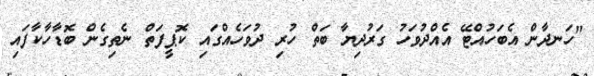
"ހަނދާން އެބަހުއްޓޭ އެއްދުވަހު ގަރުދިޔާ ބަތް ހުރި ދުވަހެއްގައި ކޮޕީފަތް ނެތިގެން ބޮޑާހާކާފައި